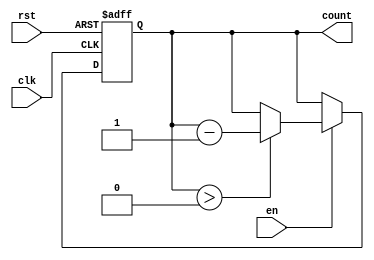
module MemoryBlocksDownCounter #(
    parameter N = 8 // Define the maximum count value (N), can be adjusted as needed
)(
    input wire clk,       // Clock signal
    input wire rst,       // Asynchronous reset signal
    input wire en,        // Enable signal for counting down
    output reg [N-1:0] count // Output for current count value
);

    // Initialization of the counter
    initial begin
        count = N; // Set the initial count value to N
    end

    // Asynchronous reset and counting logic
    always @(posedge clk or posedge rst) begin
        if (rst) begin
            count <= N; // Reset the count to N
        end else if (en) begin
            if (count > 0) begin
                count <= count - 1; // Decrement the count
            end
            // Optionally, handle underflow condition
            // else begin
            //     count <= N; // Wrap around to N if needed
            // end
        end
    end

endmodule